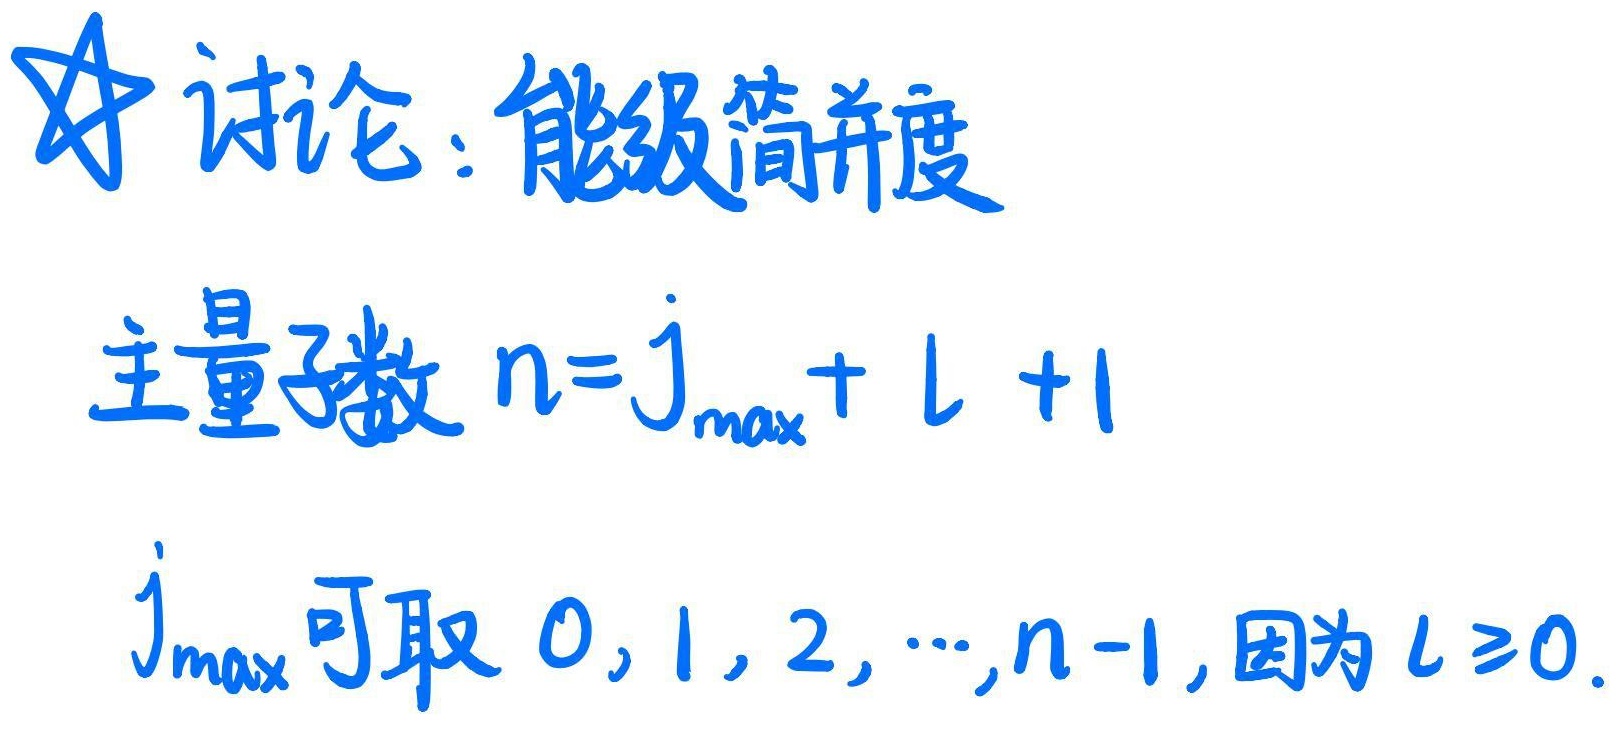
讨论：能级简并度主量子数 \(n = j_{\text{max}}+ l + 1\)。\(j_{\text{max}}\) 可取 \(0,1,2,\cdots,n - 1\)，因为 \(l\geq0\)。